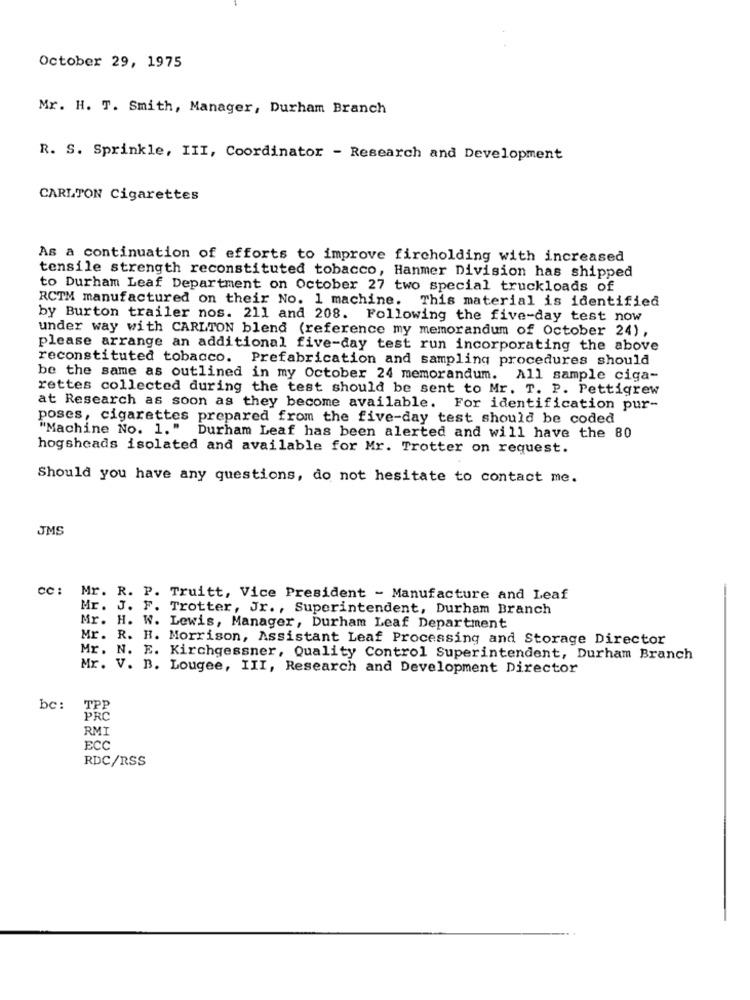
October 29, 1975
Mr. H. T. Smith, Manager, Durham Branch
R. S. Sprinkle, III, Coordinator - Research and Development
CARLTON Cigarettes
As a continuation of efforts to improve fircholding with increased
tensile strength reconstituted tobacco, Hanmer Division has shipped
to Durham Leaf Department on October 27 two special truckloads of
RCTM manufactured on their No. 1 machine. This material is identified
by Burton trailer nos. 211 and 208. Following the five-day test now
under way with CARLTON blend (reference my memorandum of October 24),
please arrange an additional five-day test run incorporating the above
reconstituted tobacco. Prefabrication and sampling procedures should
be the same as outlined in my October 24 memorandum. All sample ciga-
rettes collected during the test should be sent to Mr. T. P. Pettigrew
at Research as soon as they become available. For identification pur-
poses, cigarettes prepared from the five-day test should be coded
"Machine No. 1." Durham Leaf has been alerted and will have the 80
hogsheads isolated and available for Mr. Trotter on request.
Should you have any questions, do not hesitate to contact me.
JMS
Mr. R. P. Truitt, Vice President - Manufacture and Leaf
Mr. J. F. Trotter, Jr. , Superintendent, Durham Branch
Mr. H. W. Lewis, Manager, Durham Leaf Department
Mr. R. H. Morrison, Assistant Leaf Processing and Storage Director
Mr. N. E. Kirchgessner, Quality Control Superintendent, Durham Branch
Mr. V. B. Lougee, III, Research and Development Director
be:
TPP
PRC
RMI
ECC
RDC/RSS